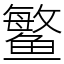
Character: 鳘